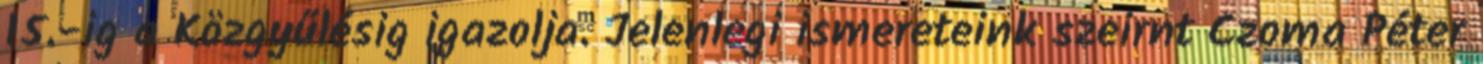
15.-ig a Közgyűlésig igazolja. Jelenlegi ismereteink szeirnt Czoma Péter